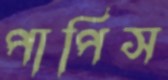
পাপিস